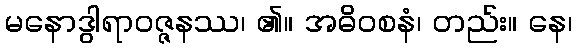
မနောဒွါရာဝဇ္ဇနဿ၊ ၏။ အဓိဝစနံ၊ တည်း။ နေ၊